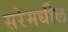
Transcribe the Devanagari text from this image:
सरेमधील